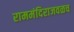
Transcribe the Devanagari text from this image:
राममंदिराजवळच